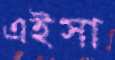
এইসা